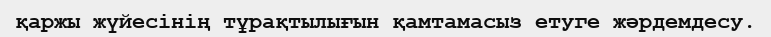
қаржы жүйесінің тұрақтылығын қамтамасыз етуге жәрдемдесу.